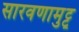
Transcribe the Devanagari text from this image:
सारवणामुट्टू